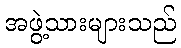
အဖွဲ့သားများသည်